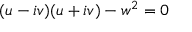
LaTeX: ( u - i v ) ( u + i v ) - w ^ { 2 } = 0